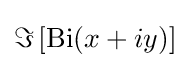
\Im \left[\operatorname {Bi} (x+iy)\right]